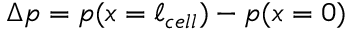
\Delta p = p ( x = \ell _ { c e l l } ) - p ( x = 0 )